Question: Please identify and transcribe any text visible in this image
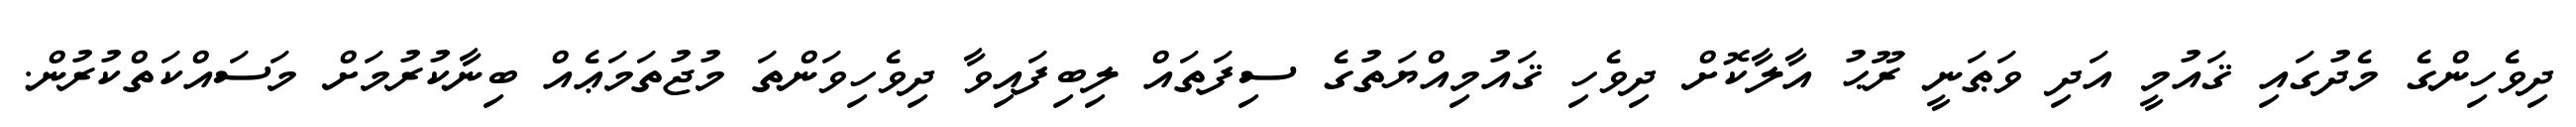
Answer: ދިވެހިންގެ މެދުގައި ޤައުމީ އަދި ވަޠަނީ ރޫޙު އާލާކޮށް ދިވެހި ޤައުމިއްޔަތުގެ ސިފަތައް ލިބިފައިވާ ދިވެހިވަންތަ މުޖުތަމަޢެއް ބިނާކުރުމަށް މަސައްކަތްކުރުން.